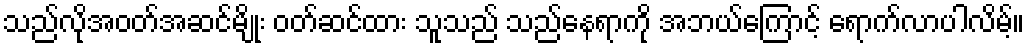
သည်လိုအဝတ်အဆင်မျိုး ဝတ်ဆင်ထား သူသည် သည်နေရာကို အဘယ်ကြောင့် ရောက်လာပါလိမ့်။